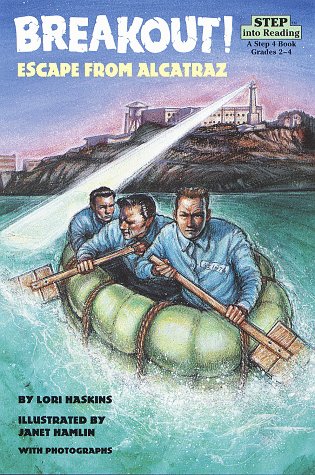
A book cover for Breakout! Escape from Alcatraz (Step Into Reading); Lori Haskins; Children's Books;